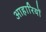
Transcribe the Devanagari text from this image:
आहारियों